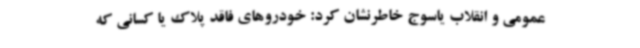
عمومی و انقلاب یاسوج خاطرنشان کرد: خودروهای فاقد پلاک یا کسانی که